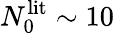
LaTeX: N_{0}^{\mathrm{lit}}\sim 10